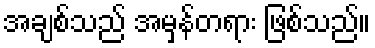
အချစ်သည် အမှန်တရား ဖြစ်သည်။